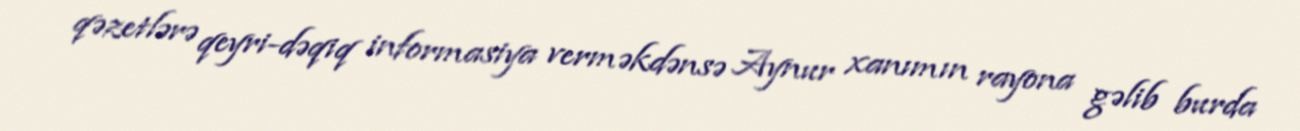
qəzetlərə qeyri-dəqiq informasiya verməkdənsə Aynur xanımın rayona gəlib burda